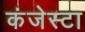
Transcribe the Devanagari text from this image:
कंजेस्टा